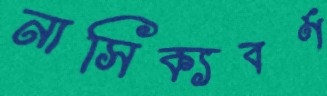
নাসিক্যবর্ণ